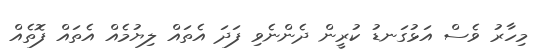
މިހާރު ވެސް އަޅުގަނޑު ކުރީން ދެންނެވި ފަދަ އެތައް ލިޔުމެއް އެތައް ފޮތެއް